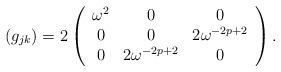
\begin{align*}(g_{jk}) = 2 \left( \begin{array}{ccc}\omega^2 & 0 & 0 \\0& 0 & 2\omega^{-2p+2}\\0 & 2\omega^{-2p+2} & 0 \end{array} \right). \end{align*}